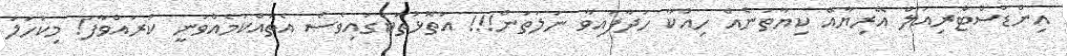
އިންޑަސްޓްރިއަލް އޭރިޔާއޭ ކިޔާތަނެއް ހިއްކާ ހަދާފައިވާ ނަލަތަން!!! އަތޮޅުތަކުގައިވެސް އެތައްކަމެއްވަނީ ކުރައްވާފަ! މިކަހަލަ